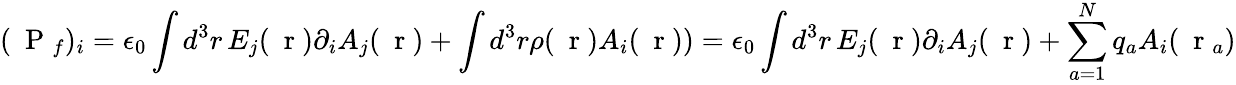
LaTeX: (\mathrm{~\mathbf~P~}_{f})_{i}=\epsilon_{0}\int d^{3}r\, E_{j}(\mathrm{~\mathbf~r~})\partial_{i}A_{j}(\mathrm{~\mathbf~r~})+\int d^{3}r\rho(\mathrm{~\mathbf~r~})A_{i}(\mathrm{~\mathbf~r~}))=\epsilon_{0}\int d^{3}r\, E_{j}(\mathrm{~\mathbf~r~})\partial_{i}A_{j}(\mathrm{~\mathbf~r~})+\sum_{a=1}^{N}q_{a}A_{i}(\mathrm{~\mathbf~r~}_{a})